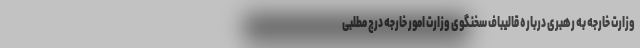
وزارت خارجه به رهبری درباره قالیباف سخنگوی وزارت امور خارجه درج مطلبی